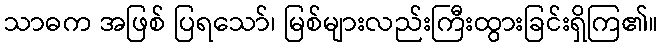
သာဓက အဖြစ် ပြရသော်၊ မြစ်များလည်းကြီးထွားခြင်းရှိကြ၏။